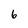
Character: 6